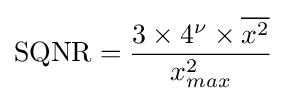
\mathrm {SQNR} ={\frac {3\times 4^{\nu }\times {\overline {x^{2}}}}{x_{max}^{2}}}